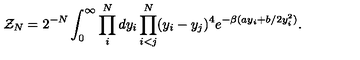
{ \cal Z } _ { N } = 2 ^ { - N } \int _ { 0 } ^ { \infty } \prod _ { i } ^ { N } d y _ { i } \prod _ { i < j } ^ { N } ( y _ { i } - y _ { j } ) ^ { 4 } e ^ { - \beta ( a y _ { i } + b / 2 y _ { i } ^ { 2 } ) } .